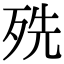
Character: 㱡